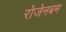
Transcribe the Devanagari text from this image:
रोजेनबम